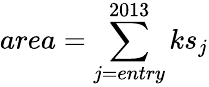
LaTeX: area=\sum_{j=entry}^{2013}ks_{j}